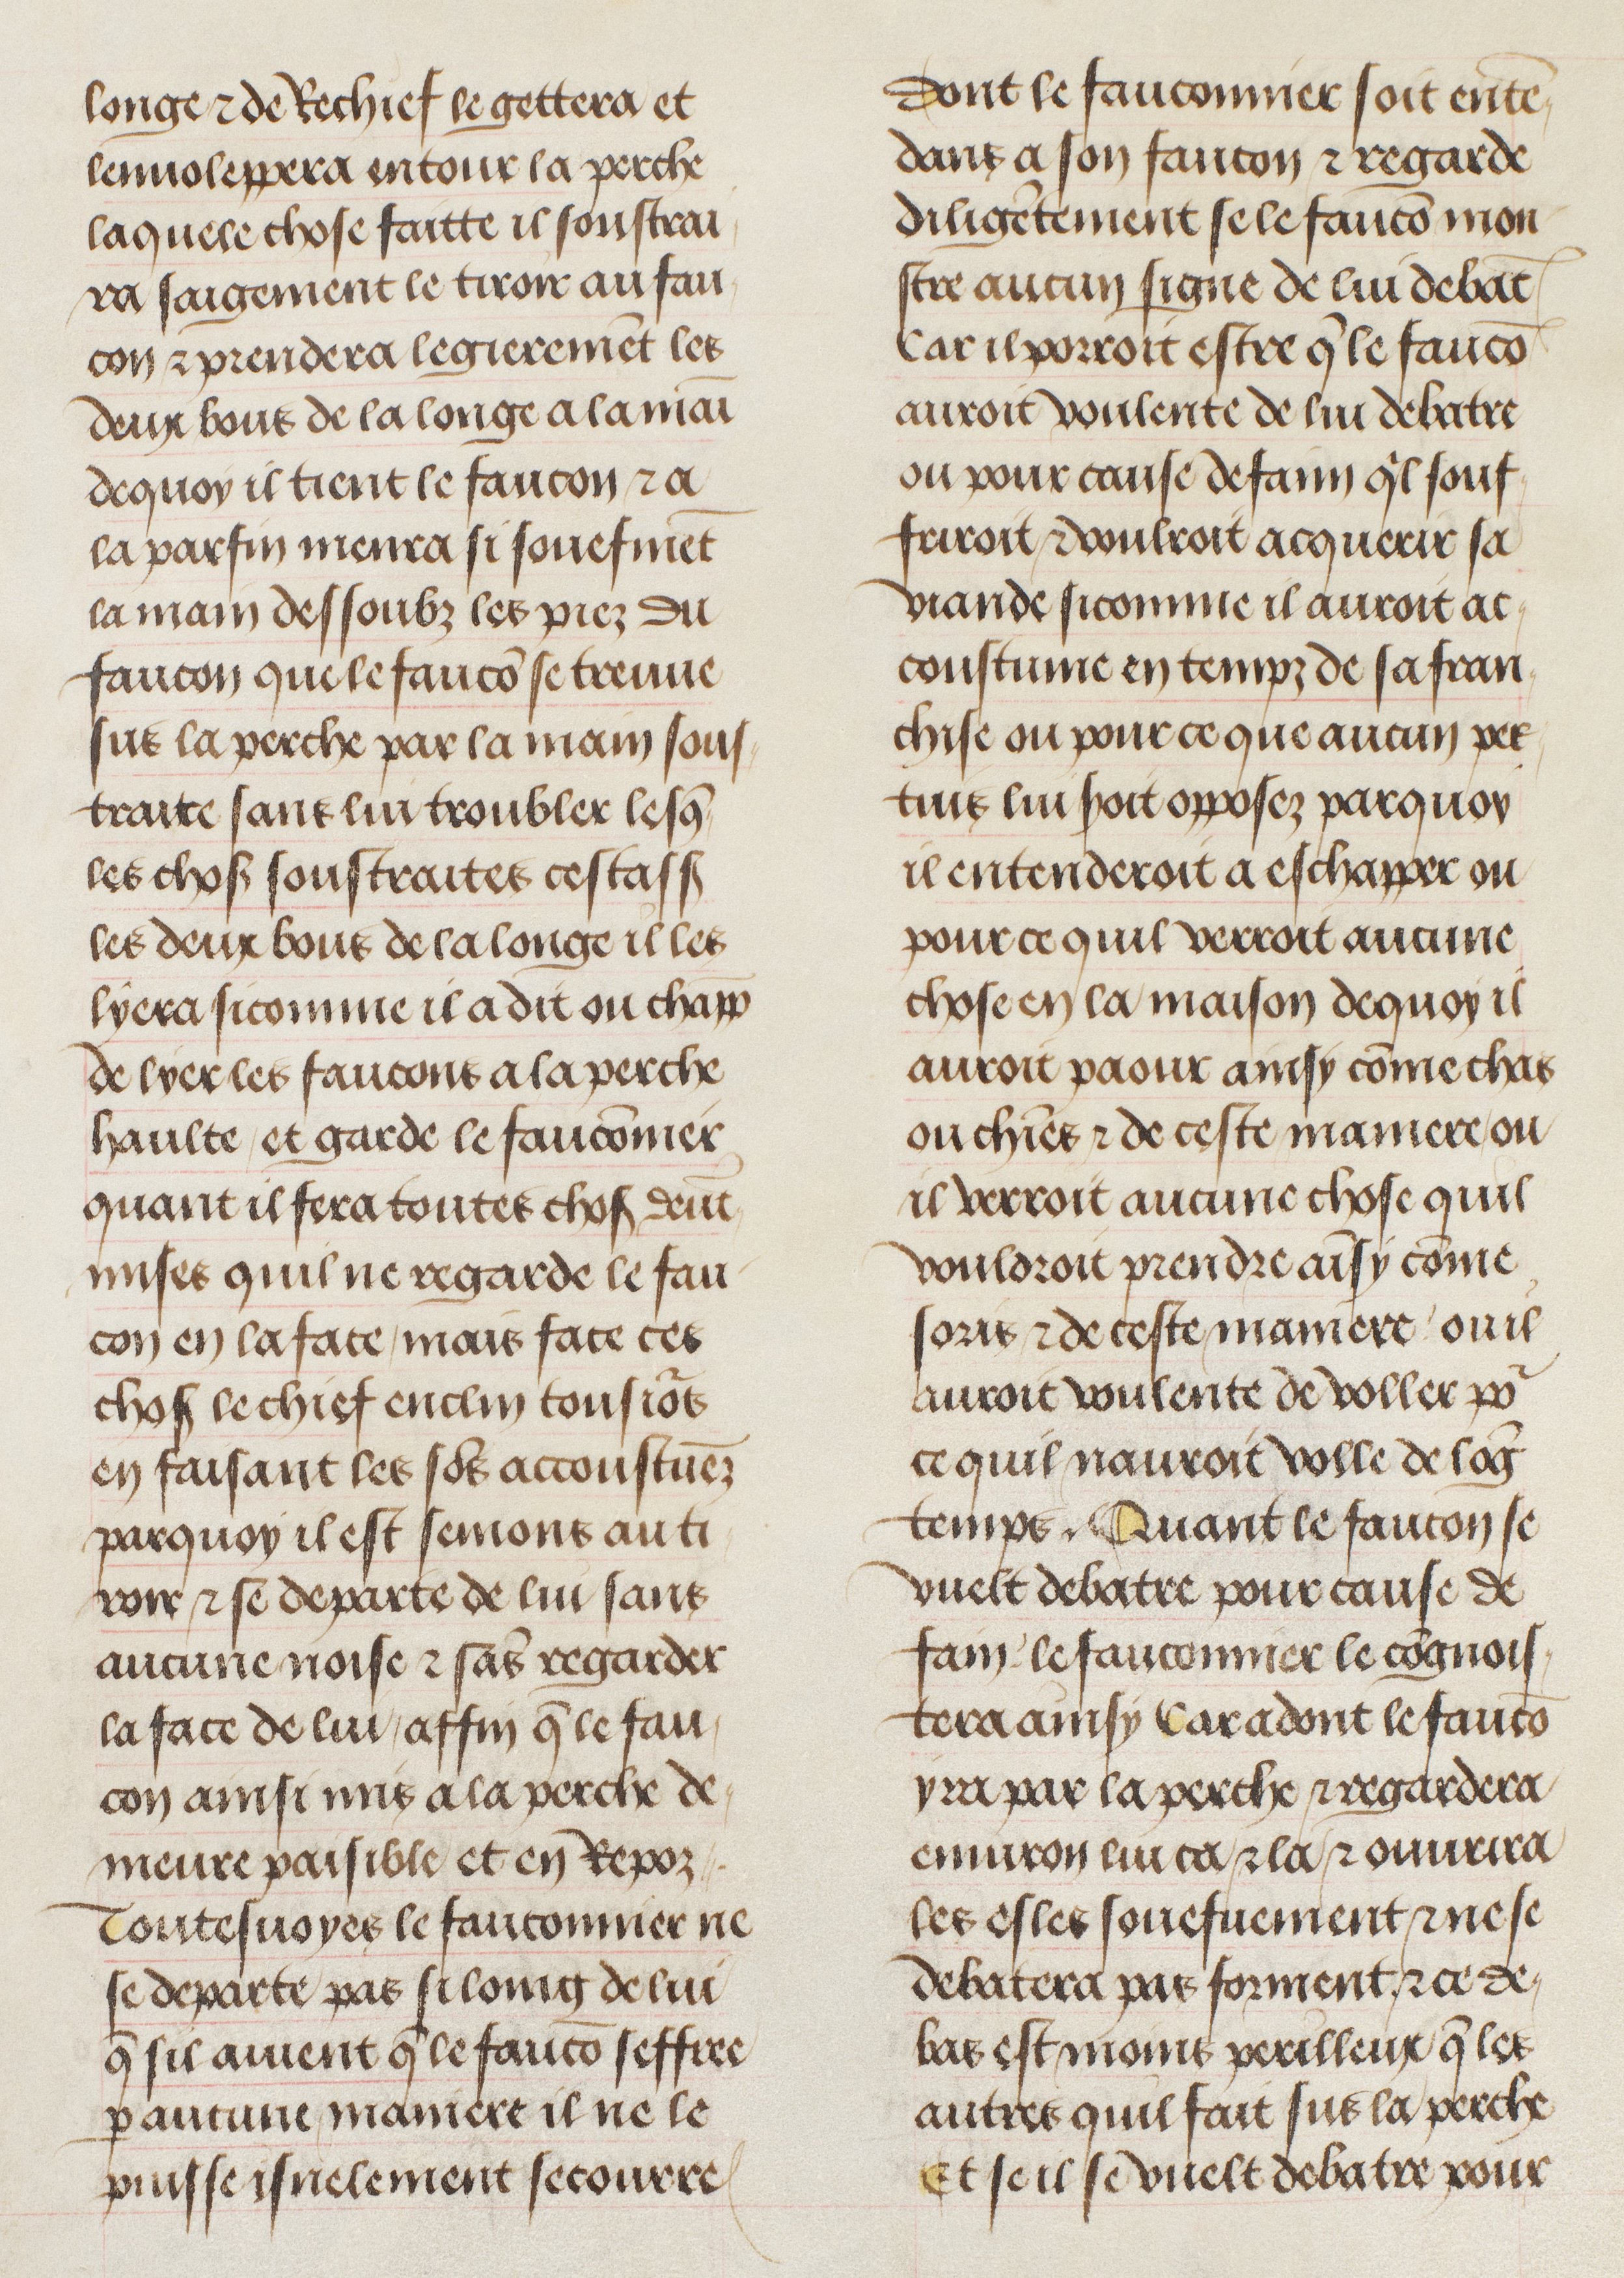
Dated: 1470–1505